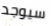
سيوجد